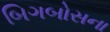
બિગબોસના